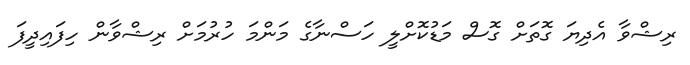
ރިޝްވާ އެދިޔަ ގޮތަށް ގޮސް މަޑުކޮށްލީ ހަސްނާގެ މަންމަ ހުރުމަށް ރިޝްވާން ހިފައިދީފަ